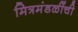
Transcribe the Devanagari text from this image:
मित्रमंडळींची